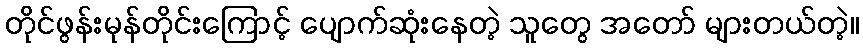
တိုင်ဖွန်းမုန်တိုင်းကြောင့် ပျောက်ဆုံးနေတဲ့ သူတွေ အတော် များတယ်တဲ့။